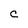
Character: C